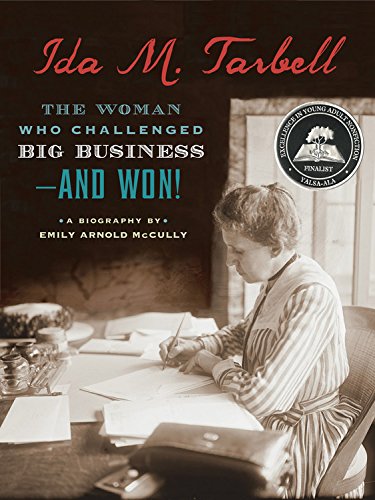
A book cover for Ida M. Tarbell: The Woman Who Challenged Big Business--and Won!; Emily Arnold McCully; Teen & Young Adult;